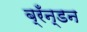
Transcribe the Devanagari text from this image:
ब्रँन्डन